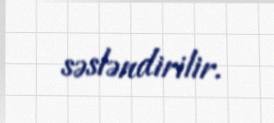
səsləndirilir.